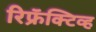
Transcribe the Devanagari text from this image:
रिफ्रॅक्‍टिव्ह